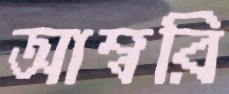
আম্বরি